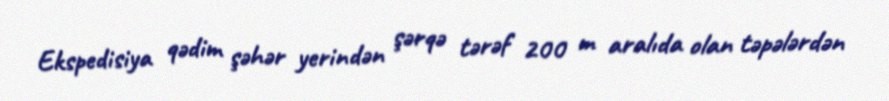
Ekspedisiya qədim şəhər yerindən şərqə tərəf 200 m aralıda olan təpələrdən